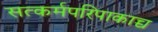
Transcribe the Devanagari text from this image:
सत्कर्मपरिपाकाच्च